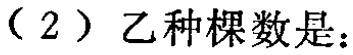
（2）乙种棵数是：